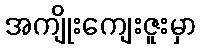
အကျိုးကျေးဇူးမှာ